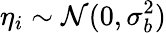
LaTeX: \eta_{i}\sim\mathcal{N}(0,\sigma_{b}^{2})